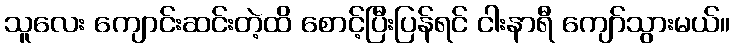
သူလေး ကျောင်းဆင်းတဲ့ထိ စောင့်ပြီးပြန်ရင် ငါးနာရီ ကျော်သွားမယ်။